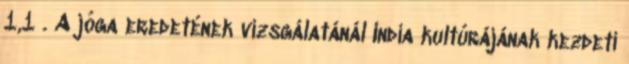
1,1 . A jóga eredetének vizsgálatánál India kultúrájának kezdeti